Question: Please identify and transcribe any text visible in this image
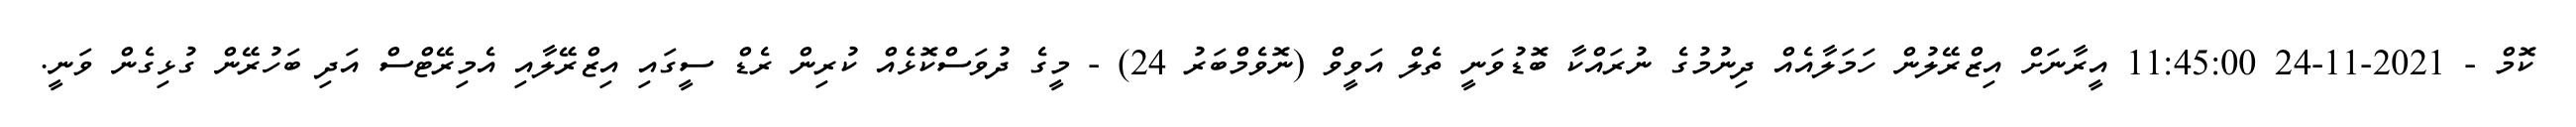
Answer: ކޮމް - 2021-11-24 11:45:00 އީރާނަށް އިޒްރޭލުން ހަމަލާއެއް ދިނުމުގެ ނުރައްކާ ބޮޑުވަނީ ތެލް އަވީވް (ނޮވެމްބަރު 24) - މީގެ ދުވަސްކޮޅެއް ކުރިން ރެޑް ސީގައި އިޒްރޭލާއި އެމިރޭޓްސް އަދި ބަހުރޭން ގުޅިގެން ވަނީ.